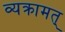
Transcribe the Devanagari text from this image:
व्यक्रामत्